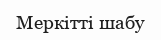
Меркітті шабу